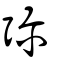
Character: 弥